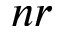
n r